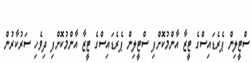
ސްޓީލިން ޕެރެޑައިސްގެ ޓީޒާ އާންމުކޮށްފި ސްޓީލިން ޕެރެޑައިސްގެ ޓީޒާ އާންމުކޮށްފި ދިވެހި ސަރުކާރުން